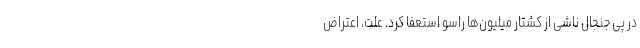
در پی جنجال ناشی از کشتار میلیون‌ها راسو استعفا کرد. علت، اعتراض